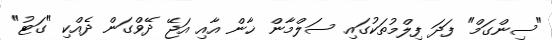
"ސިންގަމް" ފަދަ ފިލްމުތަކުގައި ސަލްމާން ޚާން އާއި އަޖޭ ދޭވްގަން ދެއްކި "ގަޓު"